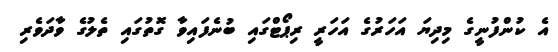
އެ ކުންފުނީގެ މިދިޔަ އަހަރުގެ އަހަރީ ރިޕޯޓްގައި ބުނެފައިވާ ގޮތުގައި ތެލުގެ ވާދަވެރި